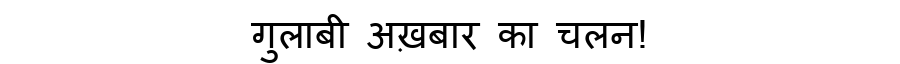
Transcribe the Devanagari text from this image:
गुलाबी अख़बार का चलन!